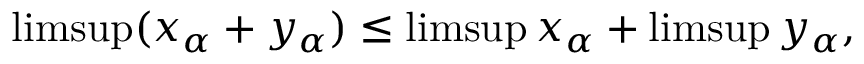
\operatorname* { l i m s u p } ( x _ { \alpha } + y _ { \alpha } ) \leq \operatorname* { l i m s u p } x _ { \alpha } + \operatorname* { l i m s u p } y _ { \alpha } ,